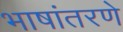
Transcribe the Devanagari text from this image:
भाषांतरणे